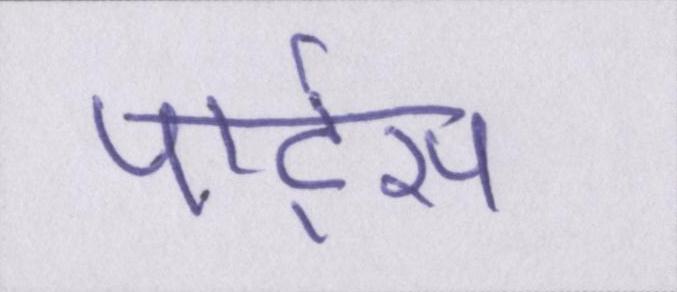
पार्ट्स